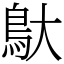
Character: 䲦